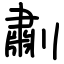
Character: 㔅